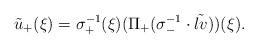
LaTeX: \begin{align*}\tilde u_+(\xi)=\sigma^{-1}_+(\xi)(\Pi_+(\sigma^{-1}_-\cdot\tilde{lv}))(\xi).\end{align*}